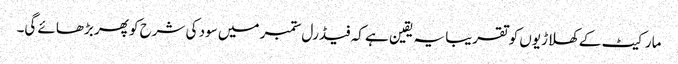
مارکیٹ کے کھلاڑیوں کو تقریبا یہ یقین ہے کہ فیڈرل ستمبر میں سود کی شرح کو پھر بڑھائے گی۔